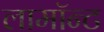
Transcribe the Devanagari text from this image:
लामॉन्ट